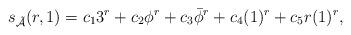
LaTeX: \begin{align*}s_\mathcal{\tilde{A}}(r,1)=c_13^r+c_2\phi^r+c_3\bar{\phi}^r+c_4(1)^r+c_5r(1)^r,\end{align*}